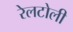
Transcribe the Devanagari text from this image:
रेलटोली